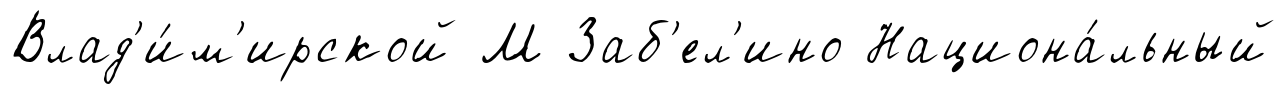
Влад'и́м'ирской М Заб'ел'ино Национа́льный